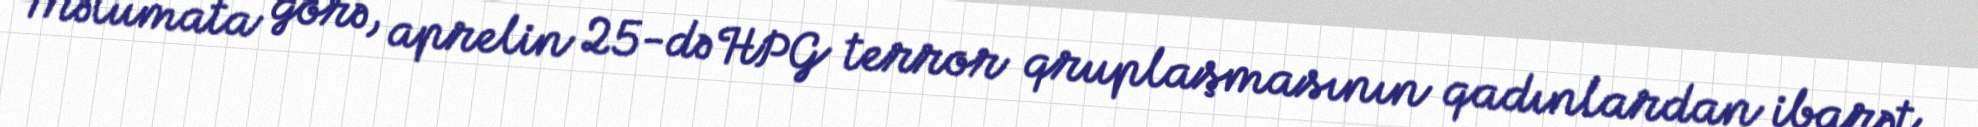
Məlumata görə, aprelin 25-də HPG terror qruplaşmasının qadınlardan ibarət